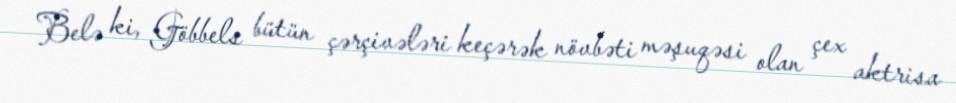
Belə ki, Göbbels bütün çərçivələri keçərək növbəti məşuqəsi olan çex aktrisa